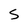
Character: 5